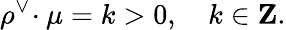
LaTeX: \rho^{\vee}\! \cdot\mu=k>0,\quad k\in{\mathbf Z}.